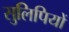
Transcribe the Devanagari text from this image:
सुलिपियों